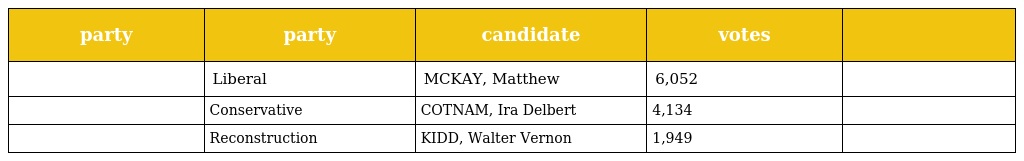
| party | party | candidate | votes |  |
 | --- | --- | --- | --- | --- |
 |  | Liberal | MCKAY, Matthew | 6,052 |  |
 |  | Conservative | COTNAM, Ira Delbert | 4,134 |  |
 |  | Reconstruction | KIDD, Walter Vernon | 1,949 |  |